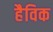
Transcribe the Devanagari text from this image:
हैविक